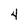
Character: 4